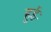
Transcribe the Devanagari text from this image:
हुईः